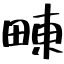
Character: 𤲚